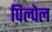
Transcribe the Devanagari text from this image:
पिल्पेल